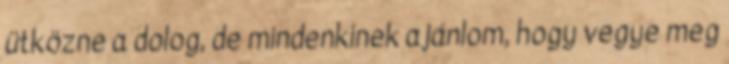
ütközne a dolog, de mindenkinek ajánlom, hogy vegye meg